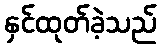
နှင်ထုတ်ခဲ့သည်